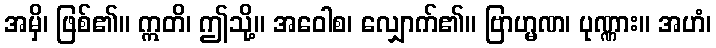
အမှိ၊ ဖြစ်၏။ ဣတိ၊ ဤသို့။ အဝေါစ၊ လျှောက်၏။ ဗြာဟ္မဏ၊ ပုဏ္ဏား။ အဟံ၊